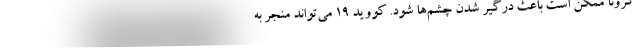
کرونا ممکن است باعث درگیر شدن چشم‌ها شود. کووید ۱۹ می‌تواند منجر به